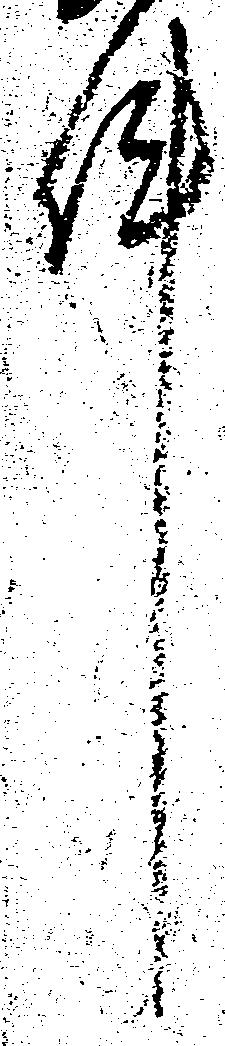
件